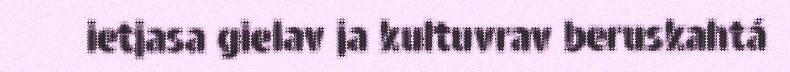
ietjasa gielav ja kultuvrav beruskahtá